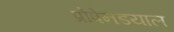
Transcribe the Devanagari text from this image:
प्रोपेनडयाल